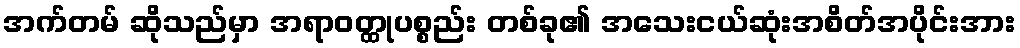
အက်တမ် ဆိုသည်မှာ အရာဝတ္ထုပစ္စည်း တစ်ခု၏ အသေးငယ်ဆုံးအစိတ်အပိုင်းအား